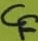
Text: CF